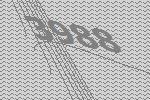
3988